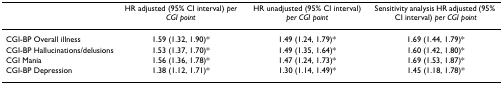
|  | HR adjusted (95% CI interval) per CGI point | HR unadjusted (95% CI interval) per CGI point | Sensitivity analysis HR adjusted (95% CI interval) per CGI point |
 | --- | --- | --- | --- |
 | CGI-BP Overall illness | 1.59 (1.32, 1.90)* | 1.49 (1.24, 1.79)* | 1.69 (1.44, 1.79)* |
 | CGI-BP Hallucinations/delusions | 1.53 (1.37, 1.70)* | 1.49 (1.35, 1.64)* | 1.60 (1.42, 1.80)* |
 | CGI Mania | 1.56 (1.36, 1.78)* | 1.47 (1.24, 1.73)* | 1.69 (1.53, 1.87)* |
 | CGI-BP Depression | 1.38 (1.12, 1.71)* | 1.30 (1.14, 1.49)* | 1.45 (1.18, 1.78)* |